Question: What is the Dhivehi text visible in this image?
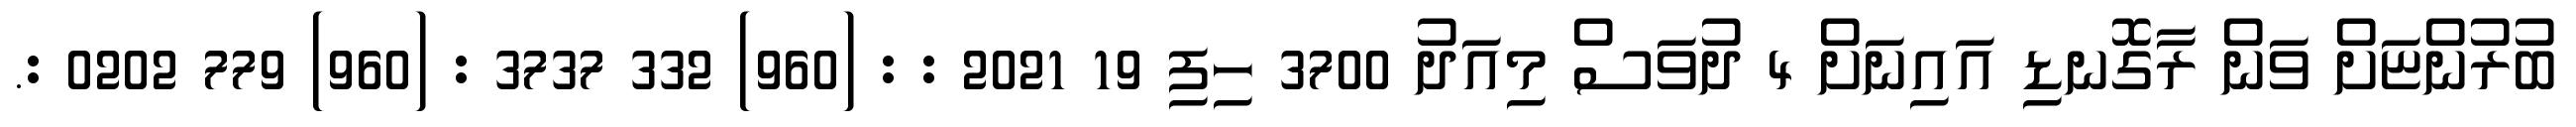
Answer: ބުރުންޏަށް ވަން ރާގޮނޑި އައިނަށް 4 ދުވަސް މިއަދު 3700 ހިފި 19 2021 : : (960) 332 3737 : (960) 779 0202 :.